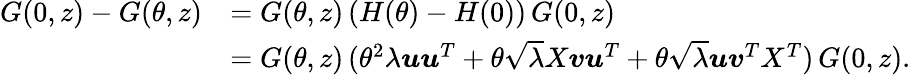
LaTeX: \begin{array}{rl}{G(0,z)-G(\theta,z)}&{=G(\theta,z)\, (H(\theta)-H(0))\, G(0,z)}\\ &{=G(\theta,z)\, (\theta^{2}\lambda{\boldsymbol u}{\boldsymbol u}^{T}+\theta\sqrt{\lambda}X{\boldsymbol v}{\boldsymbol u}^{T}+\theta\sqrt{\lambda}{\boldsymbol u}{\boldsymbol v}^{T}X^{T})\, G(0,z).}\end{array}